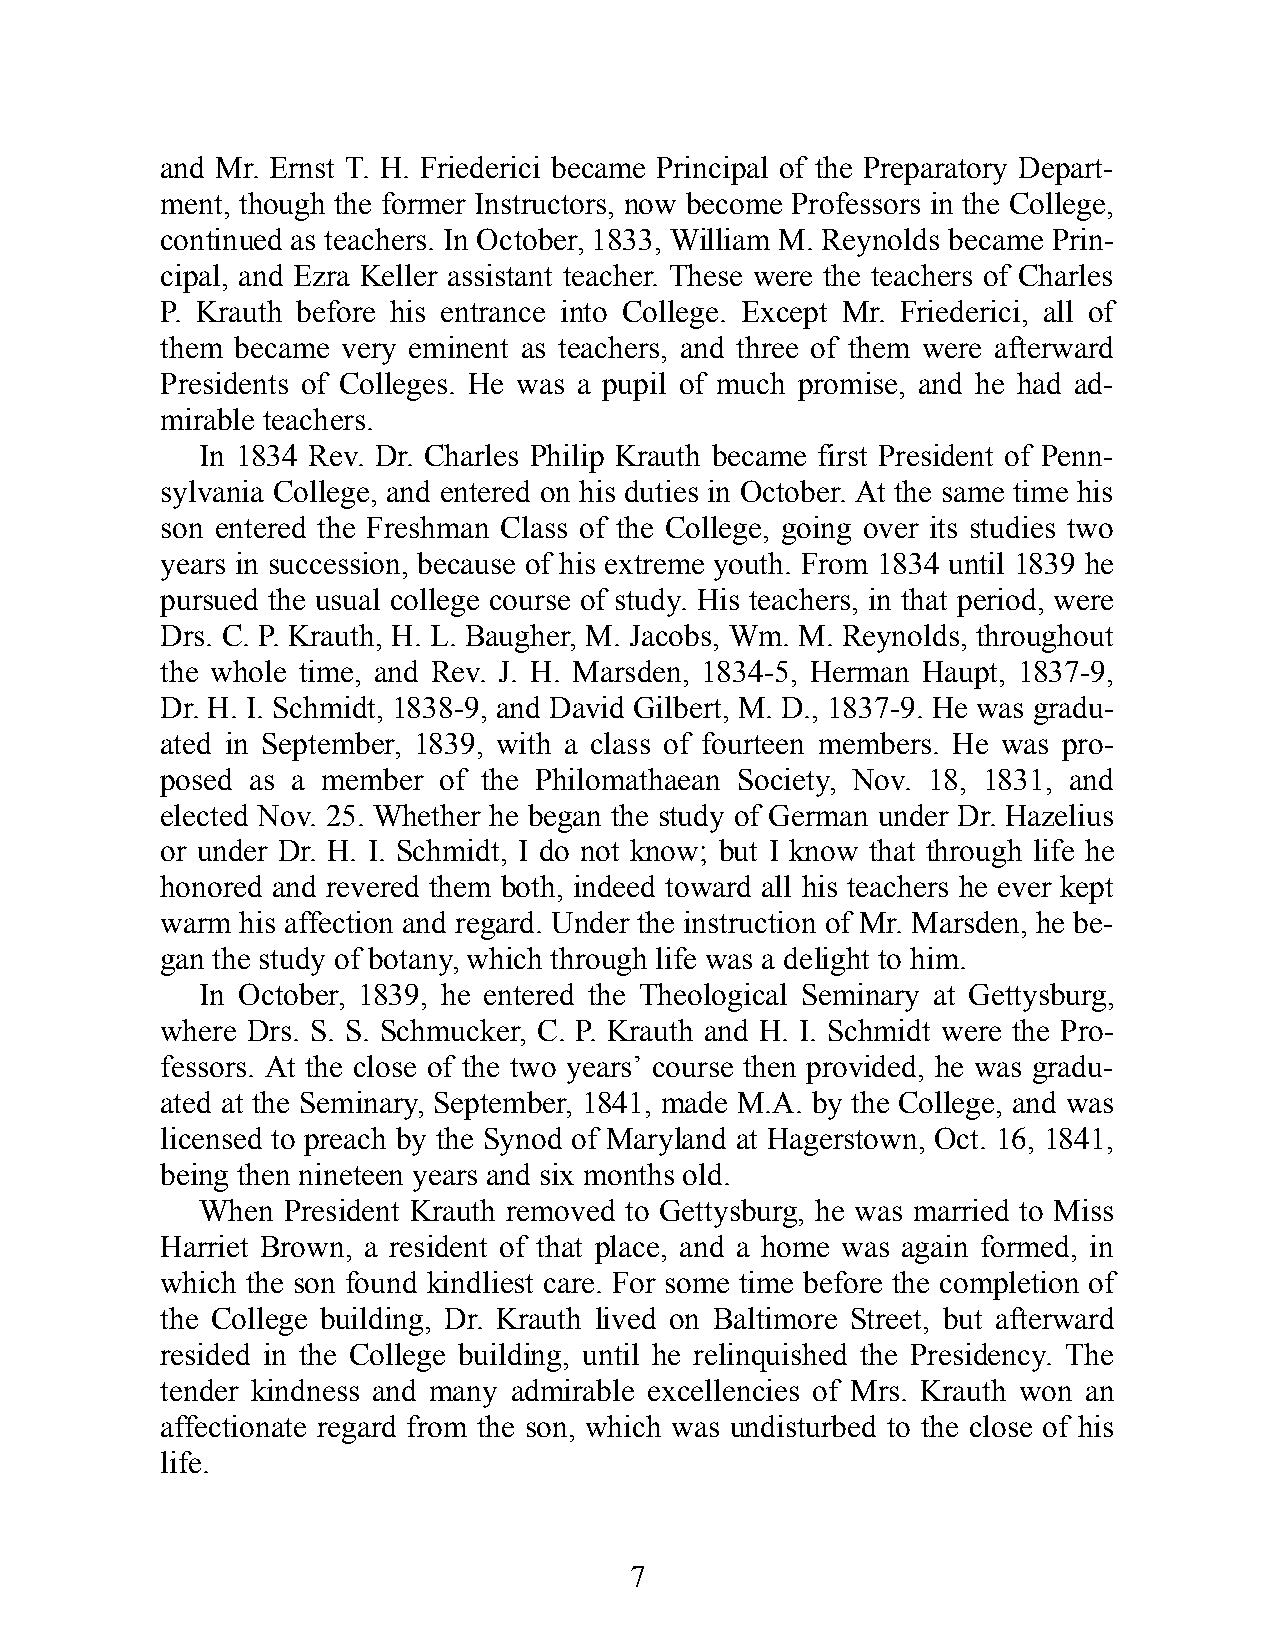
and Mr. Ernst T. H. Friederici bec ame Prin ci pal of the Prepara tory De part-
 ment, though the for mer In struct ors, now bec ome Prof es sors in the Coll ege,
 cont inu ed as teache rs. In Oct ob er, 1833, William M. Reynolds bec ame Prin-
 ci pal, and Ezra Keller as sis tant teacher. These were the teach ers of Charles
 P. Krauth bef ore his ent rance into Coll ege. Ex cept Mr. Friederici, all of
 them be came very em in ent as teache rs, and three of them were af ter ward
 Presi d ents of Coll eges. He was a pupil of much prom ise, and he had ad-
 mirable teache rs.
 In 1834 Rev. Dr. Charles Philip Krauth bec ame first Presi d ent of Penn-
 syl van ia Coll ege, and ent ered on his du ties in Oc tob er. At the same time his
 son ent ered the Freshm an Class of the Coll ege, goi ng over its stud ies two
 years in succ ess ion, bec ause of his ext reme youth. From 1834 un til 1839 he
 purs ued the usual col lege course of study. His teach ers, in that per iod, were
 Drs. C. P. Krauth, H. L. Baugher, M. Ja cobs, Wm. M. Reynolds, through out
 the whole time, and Rev. J. H. Mars den, 1834-5, Her man Haupt, 1837-9,
 Dr. H. I. Schmidt, 1838-9, and David Gilbert, M. D., 1837-9. He was gradu -
 ated in Sep temb er, 1839, with a class of four teen memb ers. He was pro-
 posed as a mem ber of the Philom atha ean So ci ety, Nov. 18, 1831, and
 elected Nov. 25. Whether he beg an the study of Ger man und er Dr. Hazelius
 or un der Dr. H. I. Schmidt, I do not know; but I know that through life he
 hon ored and revered them both, ind eed tow ard all his teach ers he ever kept
 warm his aff ec tion and re gard. Und er the ins truct ion of Mr. Marsd en, he be-
 gan the study of botany, which through life was a del ight to him.
 In Oc tob er, 1839, he ent ered the The ol og ic al Sem in ary at Gett ys burg,
 where Drs. S. S. Schmucker, C. P. Krauth and H. I. Schmidt were the Pro-
 fes sors. At the close of the two years’ course then prov ided, he was gradu -
 ated at the Sem in ary, Sept emb er, 1841, made M.A. by the Coll ege, and was
 li censed to preach by the Synod of Mary land at Hager stown, Oct. 16, 1841,
 bei ng then ninet een years and six months old.
 When  Pres id ent Krauth re moved to Gett ys burg, he was mar ried to Miss
 Har riet Brown, a res id ent of that place, and a home was again formed, in
 which the son found kindli est care. For some time bef ore the comp le tion of
 the Coll ege buildi ng, Dr. Krauth lived on Bal ti more Street, but af ter ward
 resided in the Coll ege buildi ng, un til he re linq uished the Presi d ency. The
 ten der kind ness and many adm irable exc el len cies of Mrs. Krauth won an
 aff ec tiona te re gard from the son, which was undis turbed to the close of his
 life.
 7